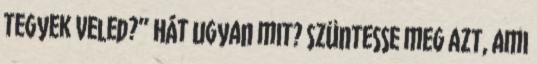
tegyek veled?” Hát ugyan mit? Szüntesse meg azt, ami